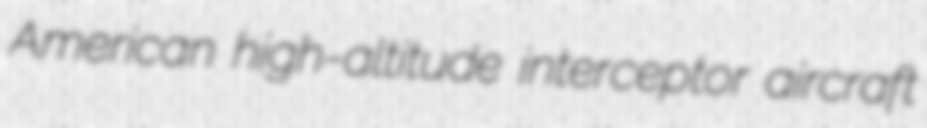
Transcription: American high-altitude interceptor aircraft